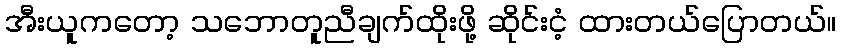
အီးယူကတော့ သဘောတူညီချက်ထိုးဖို့ ဆိုင်းငံ့ ထားတယ်ပြောတယ်။